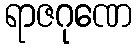
ရာဇဂုဏေ